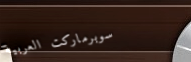
سوبرماركت العربية